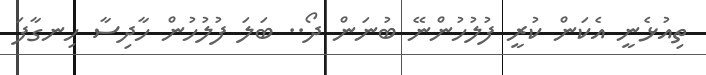
ތިއުޅެނީ އެކަން ކުރީ ފުލުހުންނޭ ބުނަން ދޯ.. ބަލަ ފުލުހުން ހާދިސާ ހިނގާފަ